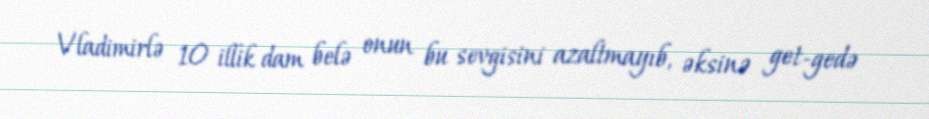
Vladimirlə 10 illik dam belə onun bu sevgisini azaltmayıb, əksinə get-gedə